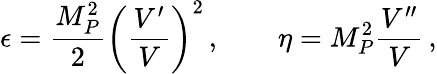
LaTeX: \epsilon=\frac{M_{P}^{2}}{2}\left(\frac{V^{\prime}}{V}\right)^{2}\, ,\qquad\eta=M_{P}^{2}\frac{V^{\prime\prime}}{V}\, ,